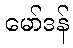
မော်ဒန်